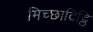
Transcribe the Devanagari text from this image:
मिच्छादिट्ठि